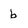
Character: b